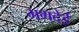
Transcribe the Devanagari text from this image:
भगदेई